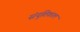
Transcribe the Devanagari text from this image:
संयुतिकाल